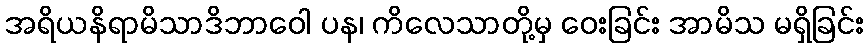
အရိယနိရာမိသာဒိဘာဝေါ ပန၊ ကိလေသာတို့မှ ဝေးခြင်း အာမိသ မရှိခြင်း